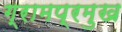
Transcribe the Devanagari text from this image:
ग्रामप्रमुख